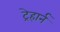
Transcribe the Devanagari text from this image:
ट्रेहार्न